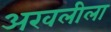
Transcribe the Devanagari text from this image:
अरवलीला